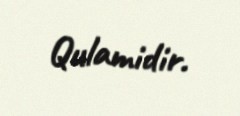
Qulamidir.